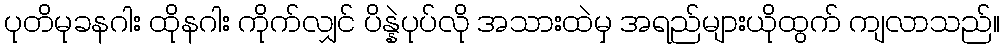
ပုတိမုခနဂါး ထိုနဂါး ကိုက်လျှင် ပိန္နဲပုပ်လို အသားထဲမှ အရည်များယိုထွက် ကျလာသည်။